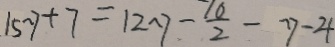
1 5 y + 7 = 1 2 y - \frac { 1 0 } { 2 } - y - 4